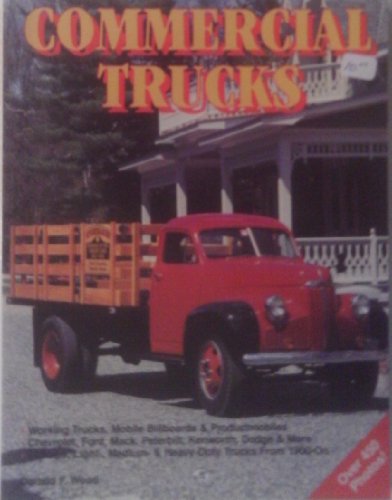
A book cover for Commercial Trucks (Motorbooks International Crestline); Donald F. Wood; Engineering & Transportation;